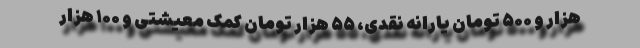
هزار و ۵۰۰ تومان یارانه نقدی، ۵۵ هزار تومان کمک معیشتی و ۱۰۰ هزار